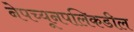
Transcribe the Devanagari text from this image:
नेपच्यूनपलिकडील